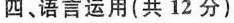
四、语言运用(共12分)